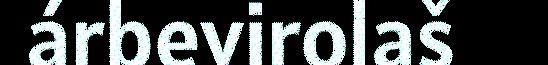
árbevirolaš